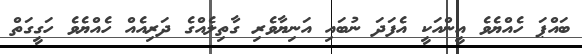
ބައްޕަ ހެއްޔެވެ އީންއަކީ އެފަދަ ނުބައި އަނިޔާވެރި ގާތިލެއްގެ ދަރިއެއް ހެއްޔެވެ ހަގީގަތް